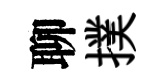
聊撲